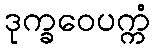
ဒုက္ခဝေပက္ကံ